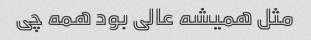
مثل همیشه عالی بود همه چی